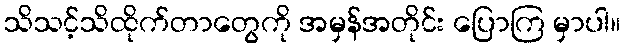
သိသင့်သိထိုက်တာတွေကို အမှန်အတိုင်း ပြောကြ မှာပါ။